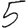
Digit: 5